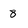
Character: 8